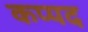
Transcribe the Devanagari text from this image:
कप्पद